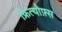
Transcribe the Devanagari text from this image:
फ्रित्यौफ़्स